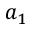
a _ { 1 }